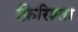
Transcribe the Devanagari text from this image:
फ़िरिश्ता